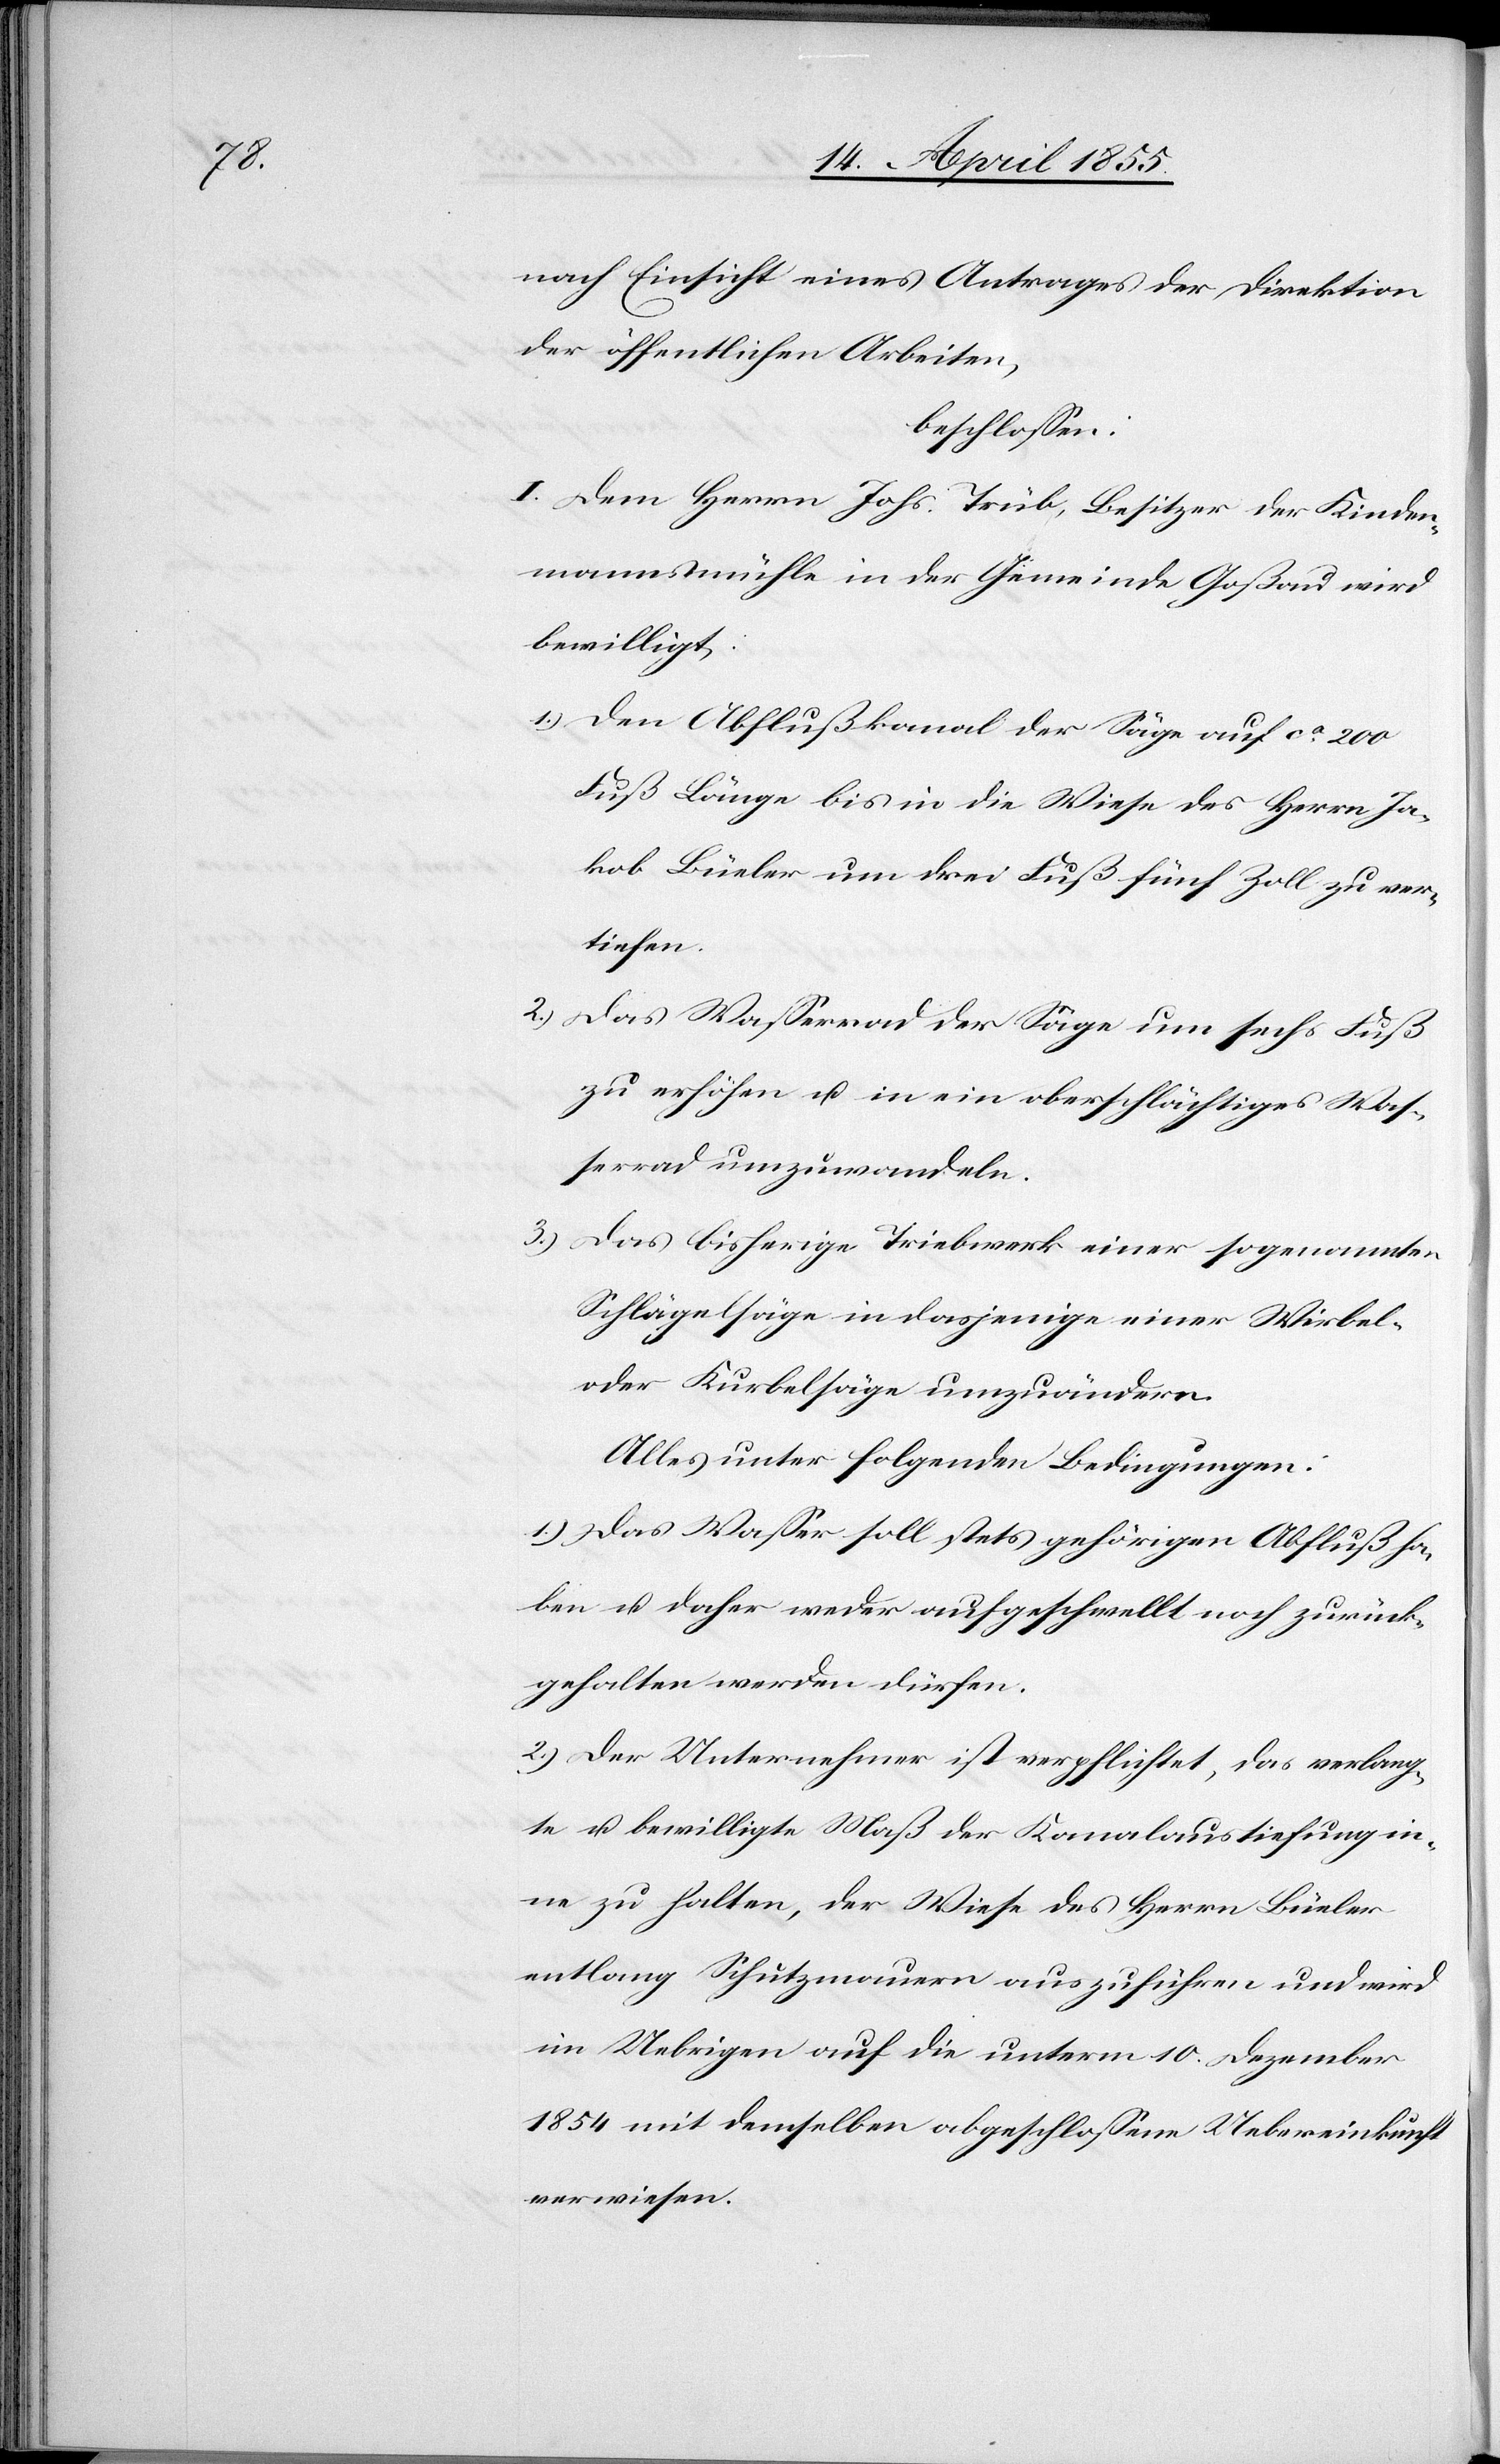
nach Einsicht eines Antrages der Direktion
der öffentlichen Arbeiten,
beschlossen:
I. Dem Herrn Johs. Trüb, Besitzer der Kinden¬
mannsmühle in der Gemeinde Goßau wird
bewilligt:
Den Abflußkanal der Säge auf ca. 200
Fuß Länge bis in die Wiese des Herrn Ja¬
kob Büeler um drei Fuß fünf Zoll zu ver¬
tiefen.
Das Wasserrad der Säge um sechs Fuß
zu erhöhen u. in ein oberschlächtiges Was¬
serrad umzuwandeln.
Das bisherige Triebwerk einer sogenannten
Schlägelsäge in dasjenige einer Wirbel-
oder Kurbelsäge umzuändern.
Alles unter folgenden Bedingungen:
1.) Das Wasser soll stets gehörigen Abfluß ha¬
ben u. daher weder aufgeschwellt noch zurück¬
gehalten werden dürfen.
2.) Der Unternehmer ist verpflichtet, das verlang¬
te u. bewilligte Maß der Kanalaustiefung in¬
ne zu halten, der Wiese des Herrn Büeler
entlang Schutzmauern auszuführen und wird
im Uebrigen auf die unterm 10. Dezember
1854 mit demselben abgeschlossene Uebereinkunft
verwiesen.